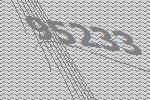
95233